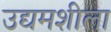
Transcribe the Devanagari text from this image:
उद्यमशीला